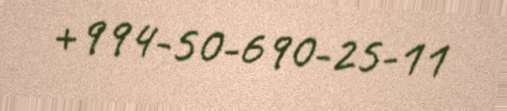
+994-50-690-25-11